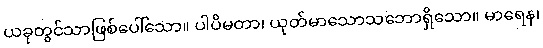
ယခုတွင်သာဖြစ်ပေါ်သော။ ပါပိမတာ၊ ယုတ်မာသောသဘောရှိသော။ မာရေန၊